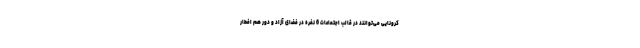
کرونایی می‌توانند در قالب اجتماعات 6 نفره در فضای آزاد و دور هم افطار